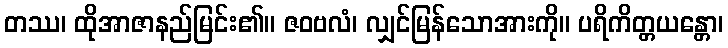
တဿ၊ ထိုအာဇာနည်မြင်း၏။ ဇဝဗလံ၊ လျှင်မြန်သောအားကို။ ပရိကိတ္တယန္တော၊